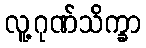
လူ့ဂုဏ်သိက္ခာ